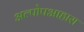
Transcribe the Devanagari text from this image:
अल्पोपआहारा